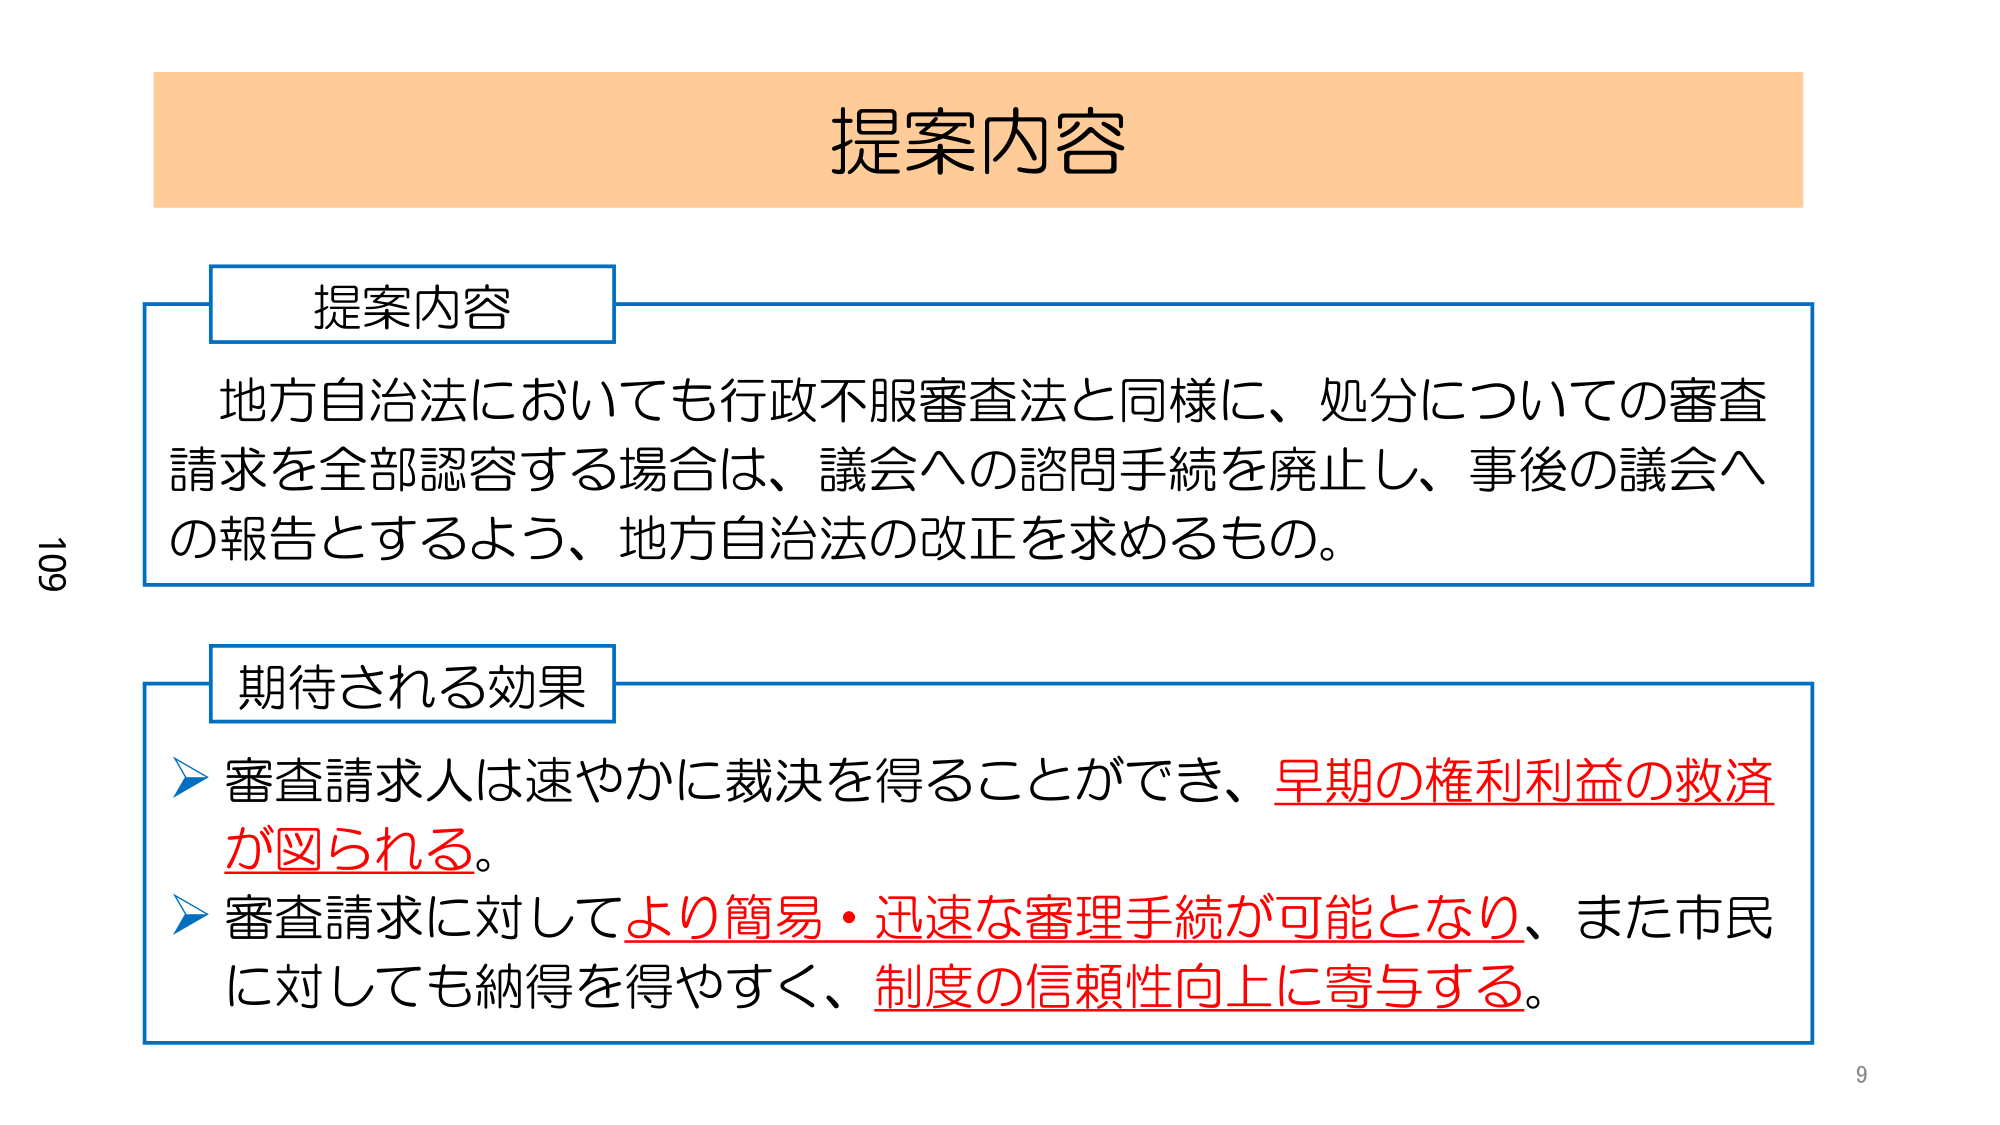
提案内容

提案内容
地方自治法においても行政不服審査法と同様に、処分についての審査
請求を全部認容する場合は、議会への諮問手続を廃止し、事後の議会へ
の報告とするよう、地方自治法の改正を求めるもの。

期待される効果
▶ 審査請求人は速やかに裁決を得ることができ、早期の権利利益の救済
が図られる。
▶ 審査請求に対してより簡易・迅速な審理手続が可能となり、また市民
に対しても納得を得やすく、制度の信頼性向上に寄与する。

109
9